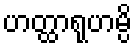
ဟတ္ထာရုဟမ္ပိ